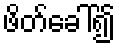
ဖိတ်ခေါ်၍